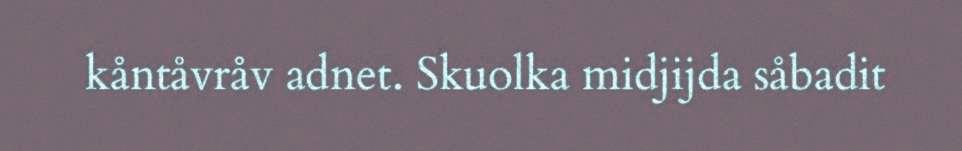
kåntåvråv adnet. Skuolka midjijda såbadit